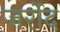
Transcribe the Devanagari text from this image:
जर्रोद